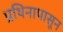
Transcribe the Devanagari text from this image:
प्रथिनापासून